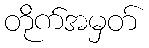
တိုက်အမှတ်